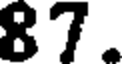
87.